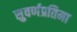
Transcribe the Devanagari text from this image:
सुवर्णप्रतिमा